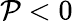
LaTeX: \mathcal{P}<0